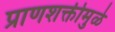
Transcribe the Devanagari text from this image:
प्राणशक्तीमुळे